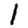
Digit: 1